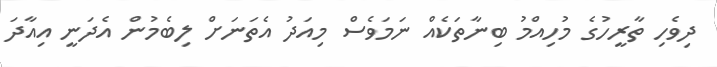
ދިވެހި ތާރީހުގެ މުހިއްމު ބިނާތަކެއް ނަމަވެސް މިއަދު އެތަނަށް ލިބެމުން އެދަނީ އިއާދަ